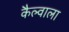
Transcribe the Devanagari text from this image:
कैल्वाला